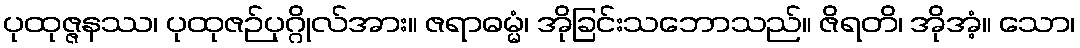
ပုထုဇ္ဇနဿ၊ ပုထုဇဉ်ပုဂ္ဂိုလ်အား။ ဇရာဓမ္မံ၊ အိုခြင်းသဘောသည်။ ဇိရတိ၊ အိုအံ့။ သော၊